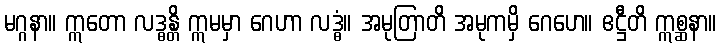
မဂ္ဂနာ။ ဣတော လဒ္ဓန္တိ ဣမမှာ ဂေဟာ လဒ္ဓံ။ အမုတြာတိ အမုကမှိ ဂေဟေ။ ဧဋ္ဌီတိ ဣစ္ဆနာ။